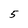
Character: 5